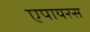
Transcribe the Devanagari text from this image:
एपायरस